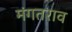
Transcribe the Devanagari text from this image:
मंगतराव